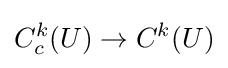
C_{c}^{k}(U)\to C^{k}(U)